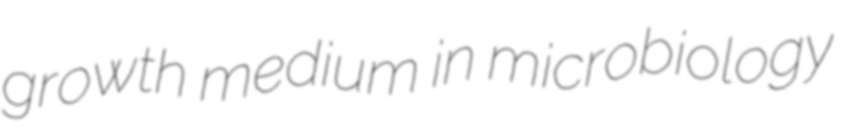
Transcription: growth medium in microbiology